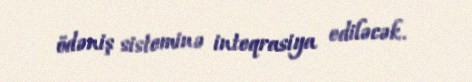
ödəniş sisteminə inteqrasiya ediləcək.